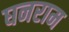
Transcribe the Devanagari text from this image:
घनराम